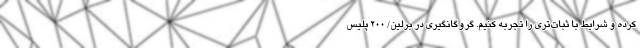
کرده و شرایط با ثبات‌تری را تجربه کنیم. گروگانگیری در برلین/ 200 پلیس